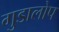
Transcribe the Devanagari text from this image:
गुडालोप